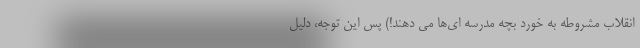
انقلاب مشروطه به خورد بچه مدرسه ای‌ها می دهند!) پس این توجه، دلیل